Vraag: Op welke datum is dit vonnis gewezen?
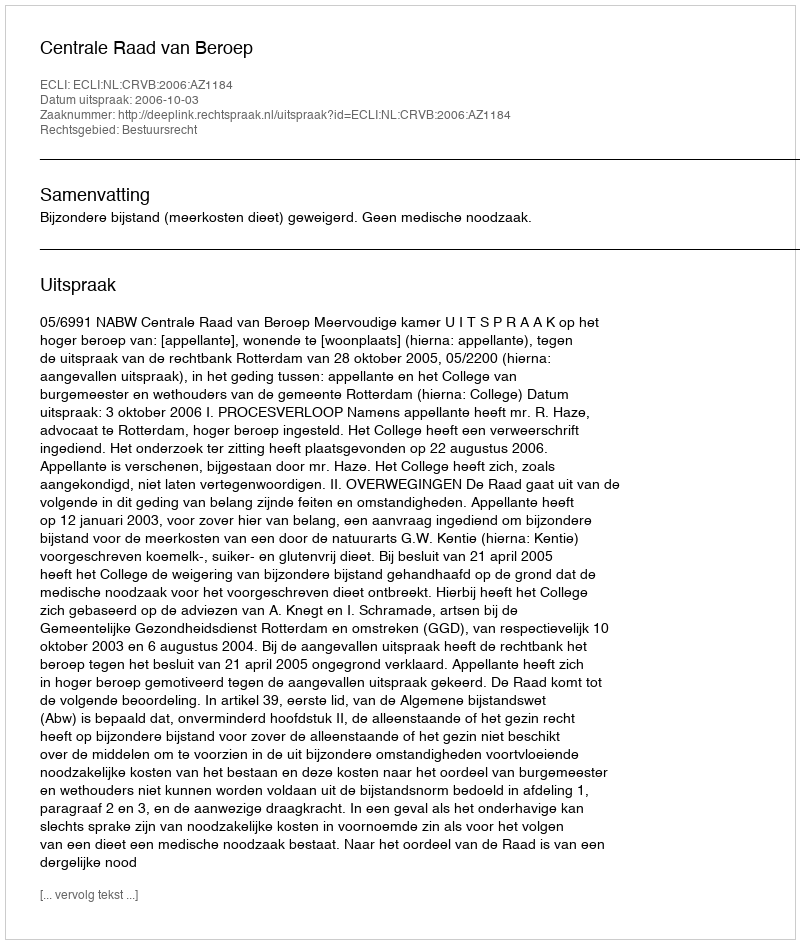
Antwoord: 2006-10-03